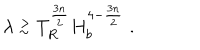
\lambda \stackrel { > } { _ \sim } T _ { R } ^ { \frac { 3 n } { 2 } } H _ { b } ^ { 4 - \frac { 3 n } { 2 } } \; .